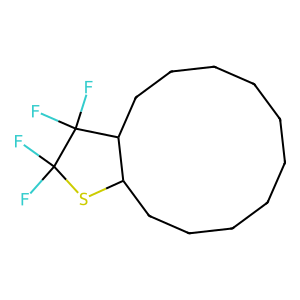
SMILES: FC1(F)SC2CCCCCCCCCCC2C1(F)F
Inhibits HIV replication: No